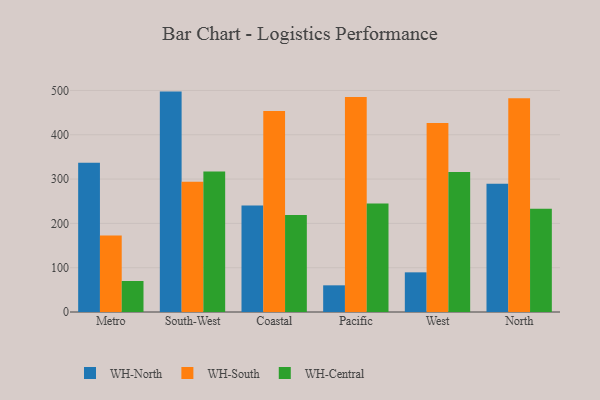
{"axis": {"x": "Region", "y": "Gross Profit (USD K)"}, "legend": ["WH-Central", "WH-North", "WH-South"], "data": [{"x": "Metro", "y": 336.9, "type": "WH-North"}, {"x": "Metro", "y": 172.5, "type": "WH-South"}, {"x": "Metro", "y": 70.0, "type": "WH-Central"}, {"x": "South-West", "y": 497.4, "type": "WH-North"}, {"x": "South-West", "y": 293.8, "type": "WH-South"}, {"x": "South-West", "y": 316.9, "type": "WH-Central"}, {"x": "Coastal", "y": 240.5, "type": "WH-North"}, {"x": "Coastal", "y": 453.6, "type": "WH-South"}, {"x": "Coastal", "y": 218.9, "type": "WH-Central"}, {"x": "Pacific", "y": 60.2, "type": "WH-North"}, {"x": "Pacific", "y": 485.3, "type": "WH-South"}, {"x": "Pacific", "y": 244.6, "type": "WH-Central"}, {"x": "West", "y": 89.5, "type": "WH-North"}, {"x": "West", "y": 426.5, "type": "WH-South"}, {"x": "West", "y": 315.9, "type": "WH-Central"}, {"x": "North", "y": 289.5, "type": "WH-North"}, {"x": "North", "y": 482.5, "type": "WH-South"}, {"x": "North", "y": 232.8, "type": "WH-Central"}]}